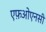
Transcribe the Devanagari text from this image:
एफ़ओएनसी